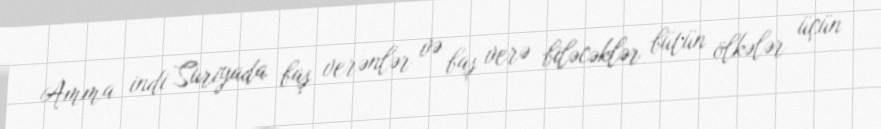
Amma indi Suriyada baş verənlər və baş verə biləcəklər bütün ölkələr üçün